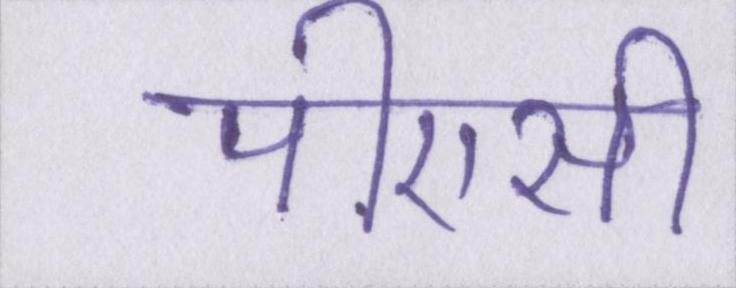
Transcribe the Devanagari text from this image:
पीएसी